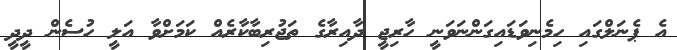
އެ ޕެނަލްގައި ހިމެނިވަޑައިގަންނަވަނީ ހާރިޖީ ދާއިރާގެ ތަޖުރިބާކާރެއް ކަމަށްވާ އަލީ ހުސެން ދީދީ